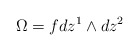
\begin{align*} \Omega = f dz^1 \wedge dz^2\end{align*}